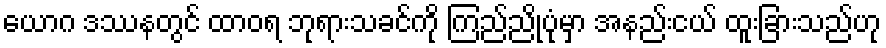
ယောဂ ဒဿနတွင် ထာဝရ ဘုရားသခင်ကို ကြည်ညိုပုံမှာ အနည်းငယ် ထူးခြားသည်ဟု